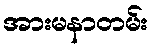
အားမနာတမ်း